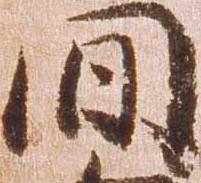
間